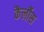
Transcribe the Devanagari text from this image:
कैर्लौस